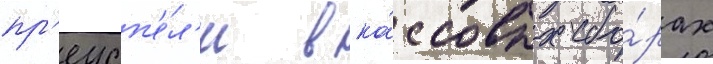
пр'еусп'е́л'и в ка́ссовых сбо́рах